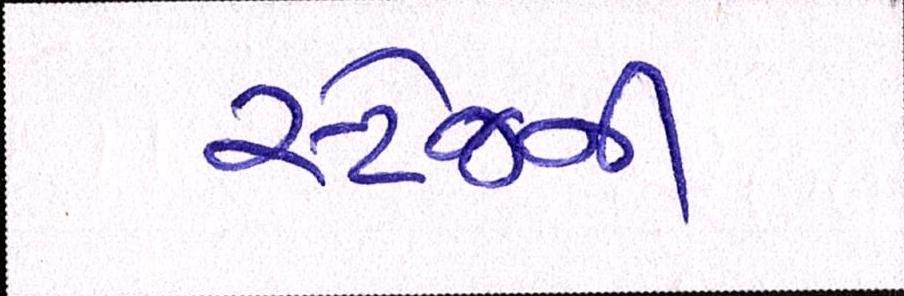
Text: સ્ટેજની